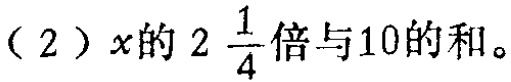
（2）$x$的$2\frac{1}{4}$倍与$10$的和可表示为$2\frac{1}{4}x + 10$，其标准LATEX格式为：\(2\frac{1}{4}x + 10\) （注：也可写成\(\frac{9}{4}x + 10\) ，对应的LATEX格式为\(\frac{9}{4}x + 10\) ）